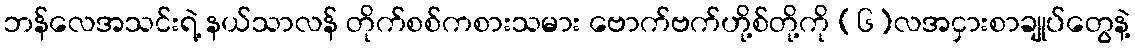
ဘန်လေအသင်းရဲ့ နယ်သာလန် တိုက်စစ်ကစားသမား ဗောက်ဗက်ဟို့စ်တို့ကို (၆)လအငှားစာချုပ်တွေနဲ့